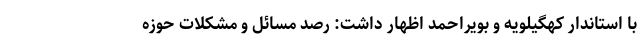
با استاندار کهگیلویه و بویراحمد اظهار داشت: رصد مسائل و مشکلات حوزه